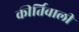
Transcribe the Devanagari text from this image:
कीर्तिवाली